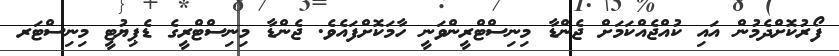
ފޯރުކޮށްދެމުން އައި ކުއްޖެއްކަމަށް ޖެންޑާ މިނިސްޓްރީންވަނީ ހާމަކޮށްފައެވެ. ޖެންޑާ މިނިސްޓްރީގެ ޑެޕިޔުޓީ މިނިސްޓަރ